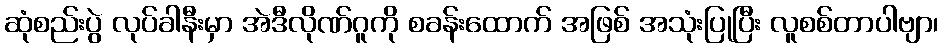
ဆုံစည်းပွဲ လုပ်ခါနီးမှာ အဲဒီလိုဏ်ဂူကို စခန်းထောက် အဖြစ် အသုံးပြုပြီး လူစစ်တာပါဗျာ၊